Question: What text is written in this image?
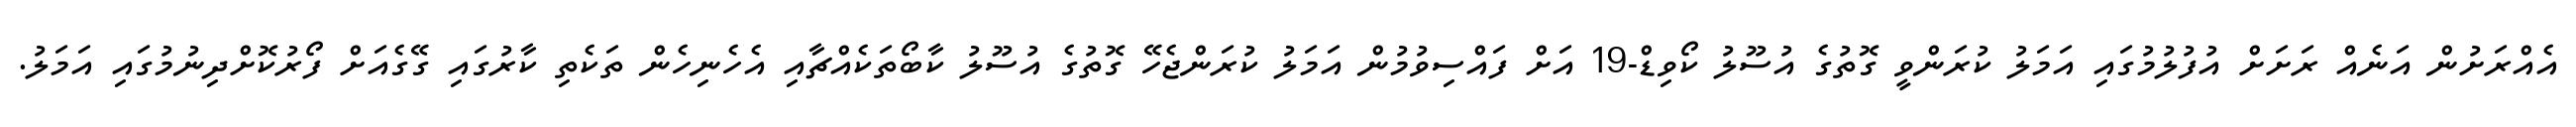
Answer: އެއްރަށުން އަނެއް ރަށަށް އުފުލުމުގައި އަމަލު ކުރަންވީ ގޮތުގެ އުސޫލު ކޯވިޑް-19 އަށް ފައްސިވުމުން އަމަލު ކުރަންޖެހޭ ގޮތުގެ އުސޫލު ކާބޯތަކެއްޗާއި އެހެނިހެން ތަކެތި ކާރުގައި ގޭގެއަށް ފޯރުކޮށްދިނުމުގައި އަމަލު.